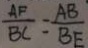
\frac { A F } { B C } = \frac { A B } { B E }